Report on vaccination in Madras 1895-1903 - 1895-1903
Year: 1895
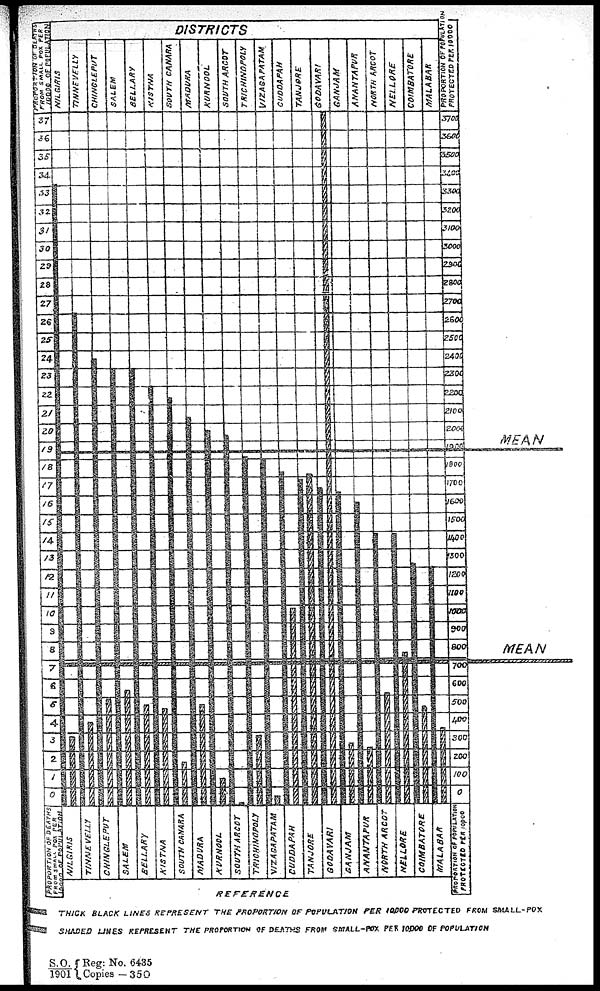
REFERENCE
THICK BLACK LINES REPRESENT THE PROPORTION ON POPULATION PER 10,000 PROTECTED FROM SMALL-POX
SHADED LINES REPRESENT THE PROPORTION OF DEATHS FROM SMALL-POX PER 10,000 OF POPULATION
S.O.
1901
Reg: No. 6435
Copies —350